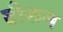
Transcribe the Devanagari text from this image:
टीरूम